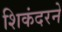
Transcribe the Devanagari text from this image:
शिकंदरने